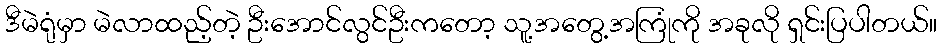
ဒီမဲရုံမှာ မဲလာထည့်တဲ့ ဦးအောင်လွင်ဦးကတော့ သူ့အတွေ့အကြုံကို အခုလို ရှင်းပြပါတယ်။